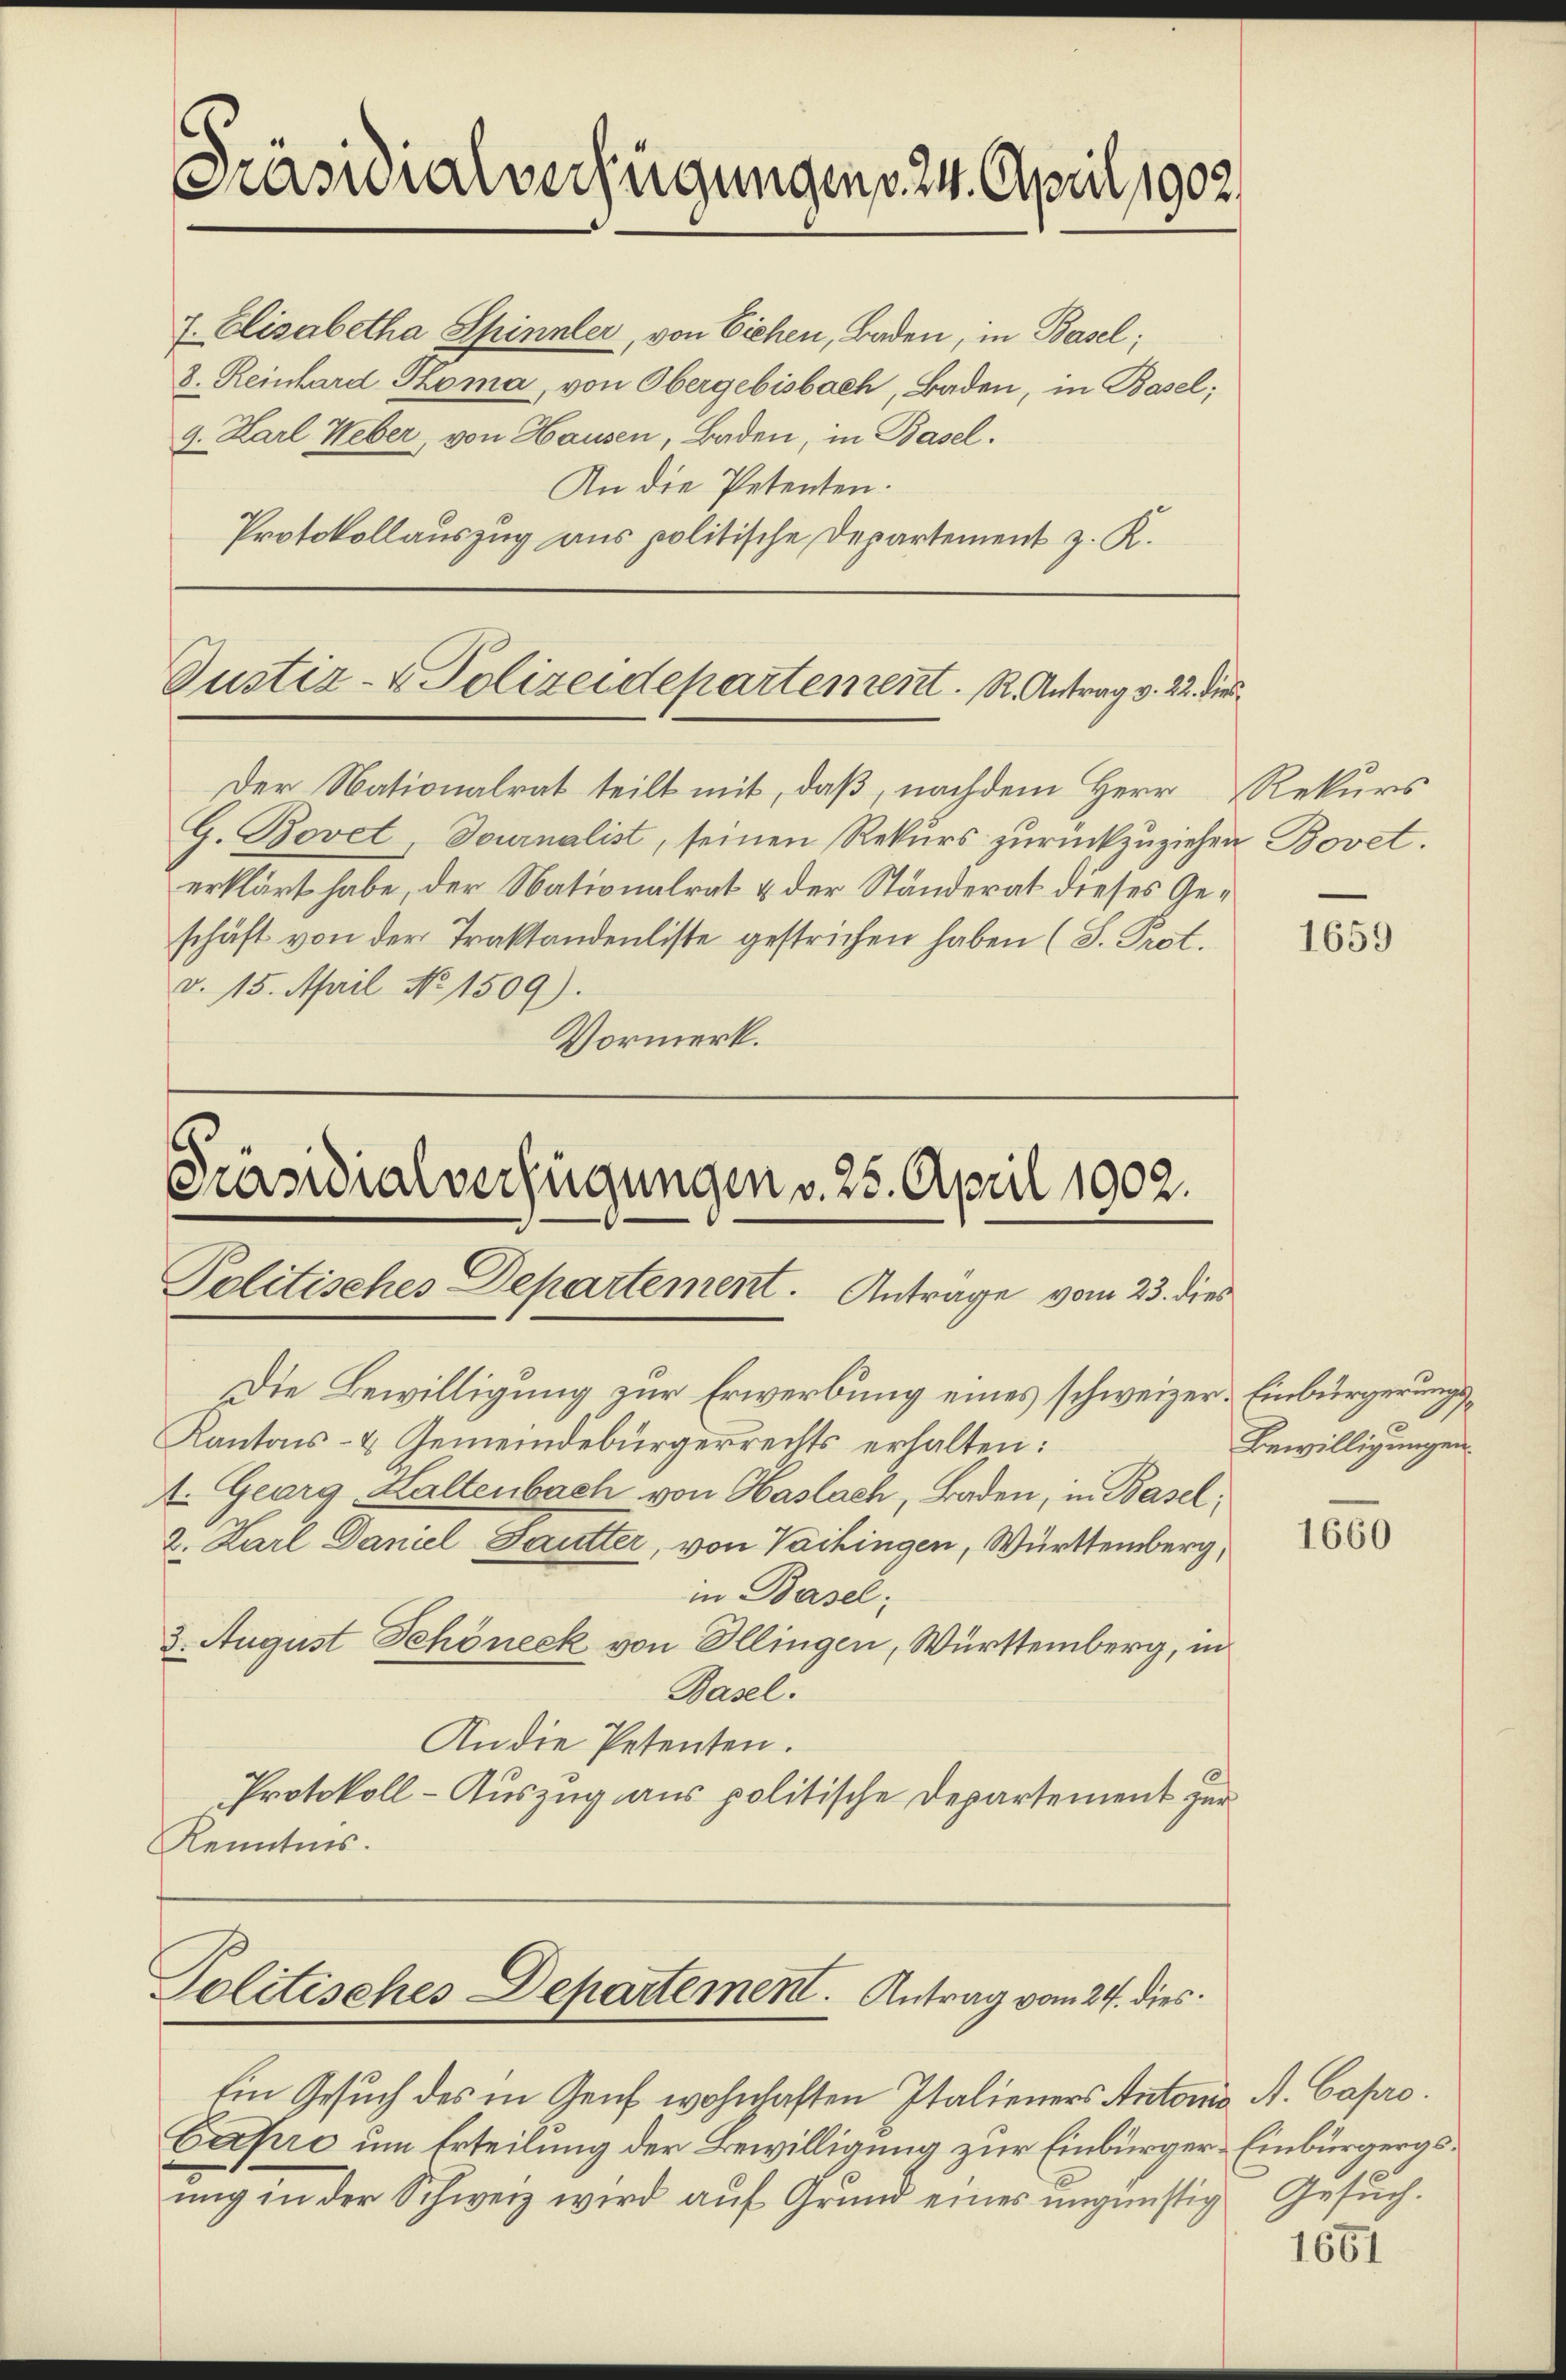
Präsuralverfügungen v. 24. April 1902.

7. Elisabetha Spinnler, von Eichen, Baden, in Basel;
8. Reinhard Koma, von Obergebisbach, Baden, in Basel;
9. Karl Weber, von Hausen, Baden, in Basel.
An die Petenten.
Protokollauszug aus politische Departement z. K.

Justiz- & Polizeidepartement. R. Antrag v. 22. Die

Der Nationalrat teilt mit, daß, nachdem Herr Rekurs
G. Bovet, Journalist, seinen Rekurs zurückzuziehen Bovet.
erklärt habe, der Nationalrat & der Ständerat dieses Geschäft von der Traktandenliste gestrichen haben (S. Prot.
v. 15. April No 1509).
Vormerk.

.
Präsidialverfügungen v. 25. April 1902.
Politisches Departement. Antrage vom 23. dies

Ein Gesuch des in Genf wohnhaften Italieners Antonis, A. Capro¬
Capre um Erteilung der Bewilligung zur Einbürger- Einbürgergsŭng in der Schweiz wird aŭf Grund eines ungünstig Gesuch.

Die Bewilligung zur Erwerbung eines schweizer. Einbürgerungs¬
Kantons- & Gemeindebürgerrechts erhalten:
1. Georg Haltenbach von Haslach, Baden, in Basel¬
2. Karl Daniel Sautter, von Vaihingen, Württemberg,
in Basel;
3. August Schöneck von Illingen, Württemberg, in
Basel.
An die Petenten.
Protokoll-Auszug aus politische Departement zur
Kenntnis.

Politisches Departement. Antrag vom 24. dies

1659

Bewilligungen.

1660

1651